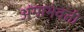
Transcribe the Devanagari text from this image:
अंगाभेवती